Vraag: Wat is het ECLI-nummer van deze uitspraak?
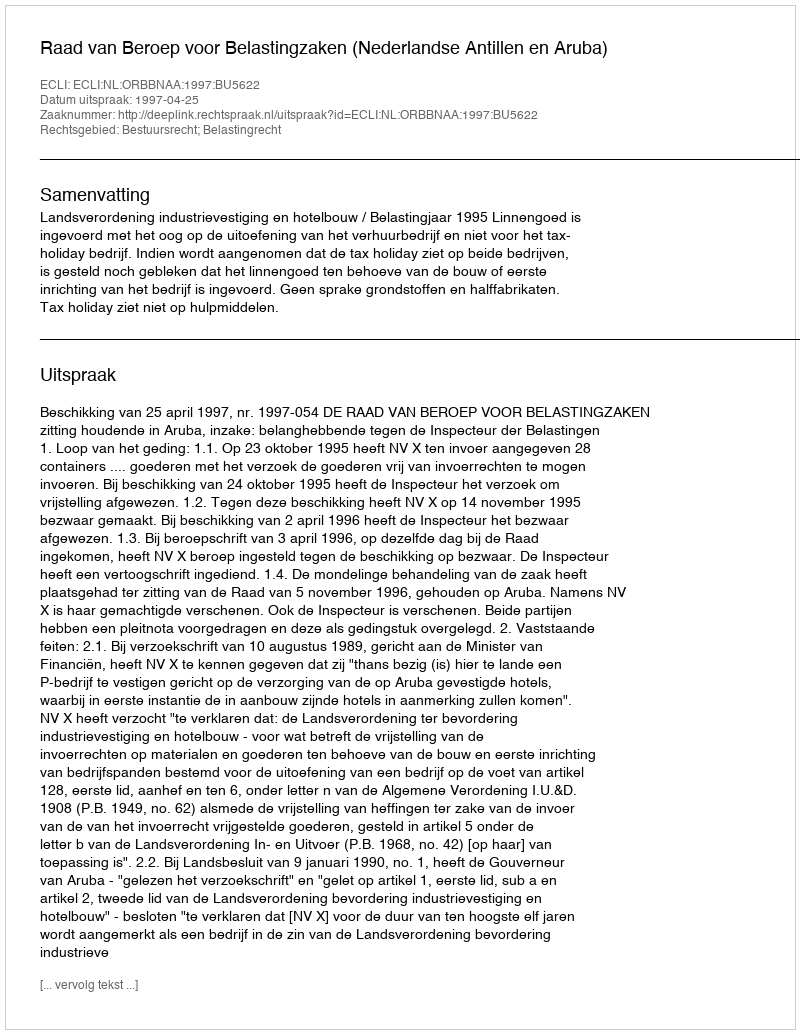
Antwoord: ECLI:NL:ORBBNAA:1997:BU5622